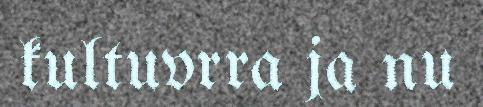
kultuvrra ja nu